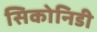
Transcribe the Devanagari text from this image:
सिकोनिडी